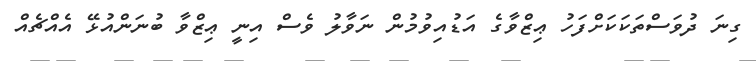
ގިނަ ދުވަސްތަކަކަށްފަހު ޢިޒްވާގެ އަޑުއިވުމުން ނަވާލު ވެސް އިނީ ޢިޒްވާ ބުނަންއުޅޭ އެއްޗެއް